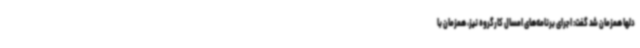
دلها همزمان شد گفت: اجرای برنامه‌های امسال کارگروه نیز، همزمان با